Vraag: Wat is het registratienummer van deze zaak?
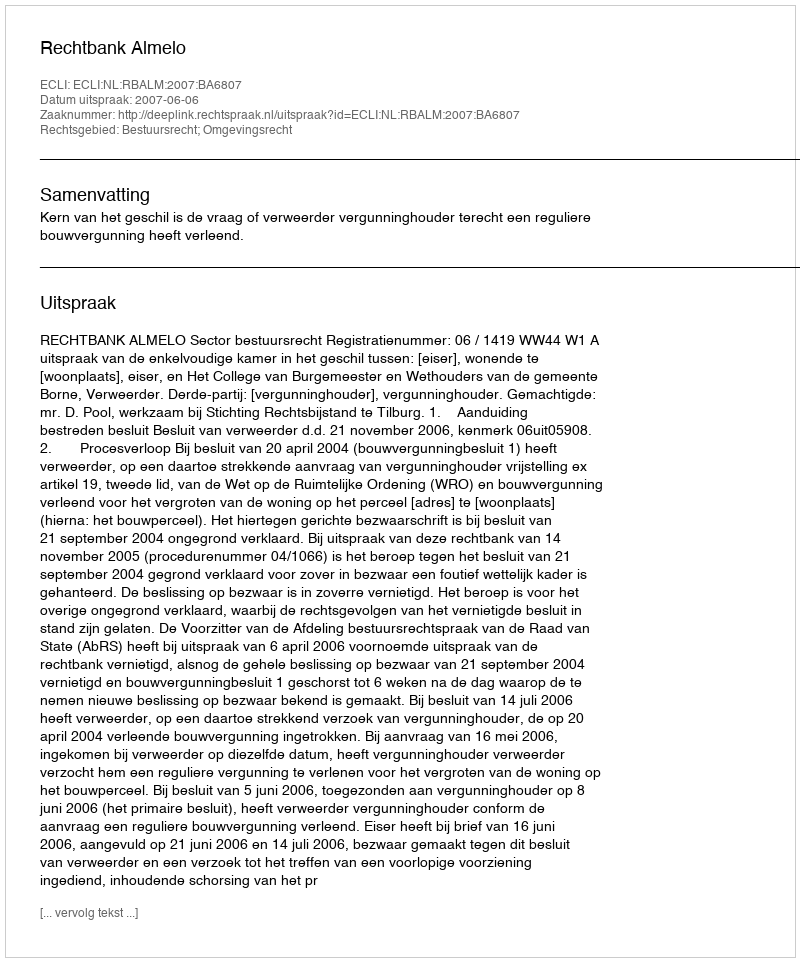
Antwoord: http://deeplink.rechtspraak.nl/uitspraak?id=ECLI:NL:RBALM:2007:BA6807